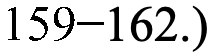
159−162.)